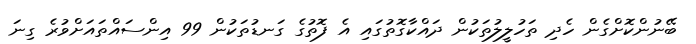
ބޭނުންކޮށްގެން ހެދި ތަހުލީލުތަކުން ދައްކާގޮތުގައި އެ ފޮތުގެ ގަނޑުތަކުން 99 އިންސައްތައަށްވުރެ ގިނަ